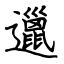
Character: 邋